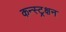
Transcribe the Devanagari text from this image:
कन्स्ट्रक्षन